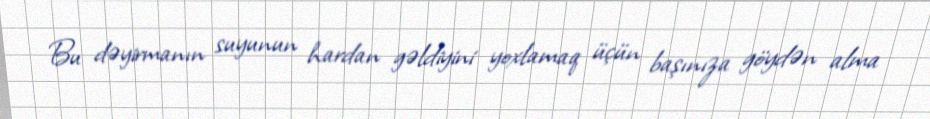
Bu dəyirmanın suyunun hardan gəldiyini yoxlamaq üçün başınıza göydən alma